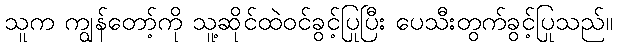
သူက ကျွန်တော့်ကို သူ့ဆိုင်ထဲဝင်ခွင့်ပြုပြီး ပေသီးတွက်ခွင့်ပြုသည်။